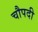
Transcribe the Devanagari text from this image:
चौपदी